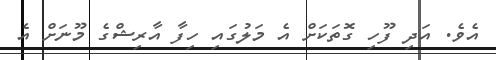
އެވެ. އަދި ފޫހި ގޮތަކަށް އެ މަލުގައި ހިފާ އާރިޝްގެ މޫނަށް އެ